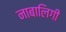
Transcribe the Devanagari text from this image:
नाबालिगी